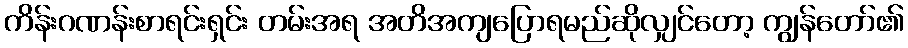
ကိန်းဂဏန်းစာရင်းရှင်း တမ်းအရ အတိအကျပြောရမည်ဆိုလျှင်တော့ ကျွန်တော်၏